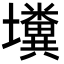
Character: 𡓴